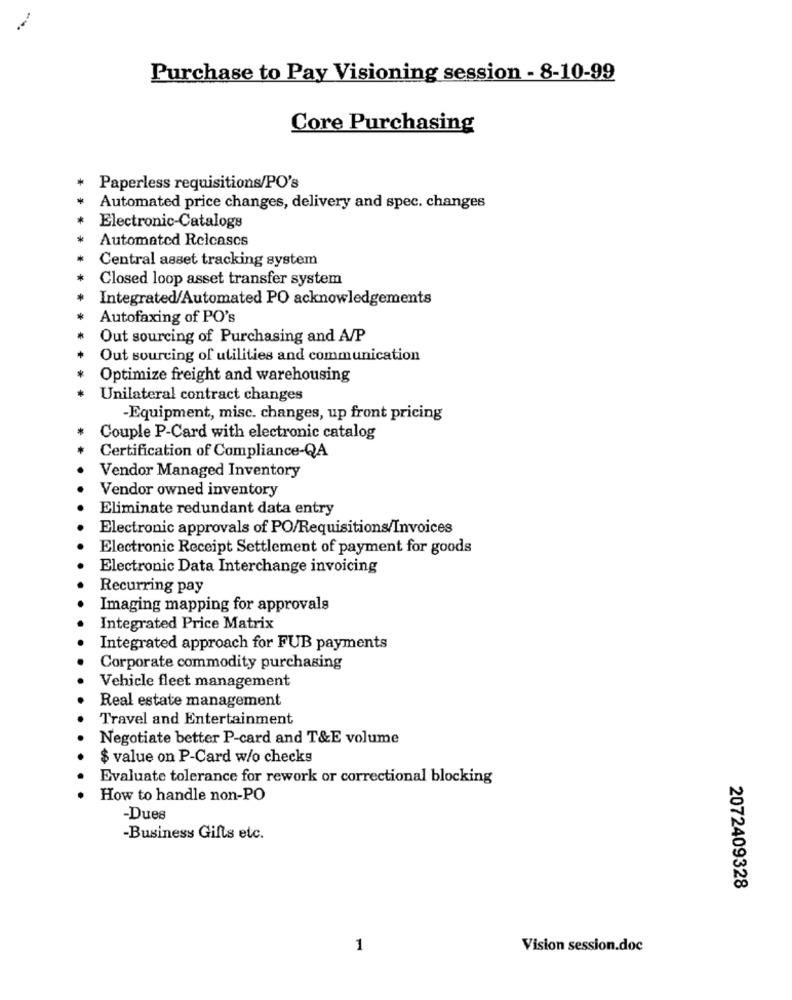
Purchase to Pay Visioning session - 8-10-99
Core Purchasing
Paperless requisitions/PO's
Automated price changes, delivery and spec. changes
Electronic-Catalogs
Automated Releases
Central asset tracking system
Closed loop asset transfer system
Integrated/Automated PO acknowledgements
Autofaxing of PO's
Out sourcing of Purchasing and A/P
Out sourcing of utilities and communication
Optimize freight and warehousing
Unilateral contract changes
-Equipment, misc. changes, up front pricing
Couple P-Card with electronic catalog
Certification of Compliance-QA
Vendor Managed Inventory
Vendor owned inventory
Eliminate redundant data entry
Electronic approvals of PO/Requisitions/Invoices
Electronic Receipt Settlement of payment for goods
Electronic Data Interchange invoicing
Recurring pay
Imaging mapping for approvals
Integrated Price Matrix
Integrated approach for FUB payments
Corporate commodity purchasing
Vehicle fleet management
Real estate management
Travel and Entertainment
Negotiate better P-card and T&E volume
$ value on P-Card w/o checks
Evaluate tolerance for rework or correctional blocking
How to handle non-PO
-Dues
-Business Gifts etc.
2072409328
1
Vision session.doc